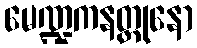
မေဏ္ဍကနတ္တုနော